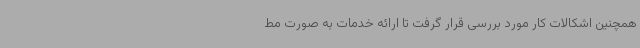
همچنین اشکالات کار مورد بررسی قرار گرفت تا ارائه خدمات به صورت مط